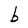
Character: b